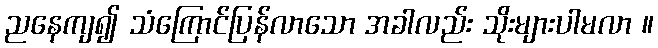
ညနေကျ၍ သံကြောင်ပြန်လာသော အခါလည်း သိုးများပါမလာ ။